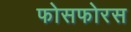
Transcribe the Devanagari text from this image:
फोसफोरस